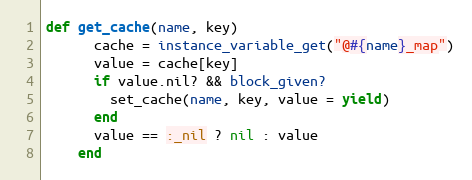
Language: Ruby
def get_cache(name, key)
      cache = instance_variable_get("@#{name}_map")
      value = cache[key]
      if value.nil? && block_given?
        set_cache(name, key, value = yield)
      end
      value == :_nil ? nil : value
    end